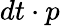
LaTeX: dt\cdot p